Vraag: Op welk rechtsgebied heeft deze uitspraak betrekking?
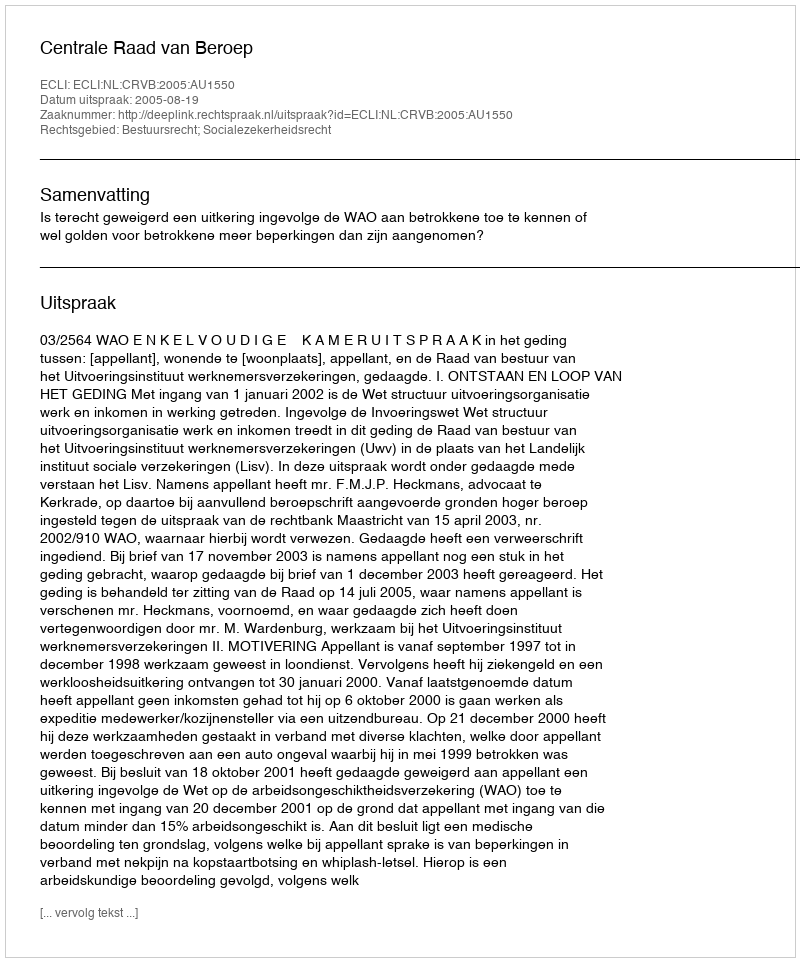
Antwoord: Bestuursrecht; Socialezekerheidsrecht